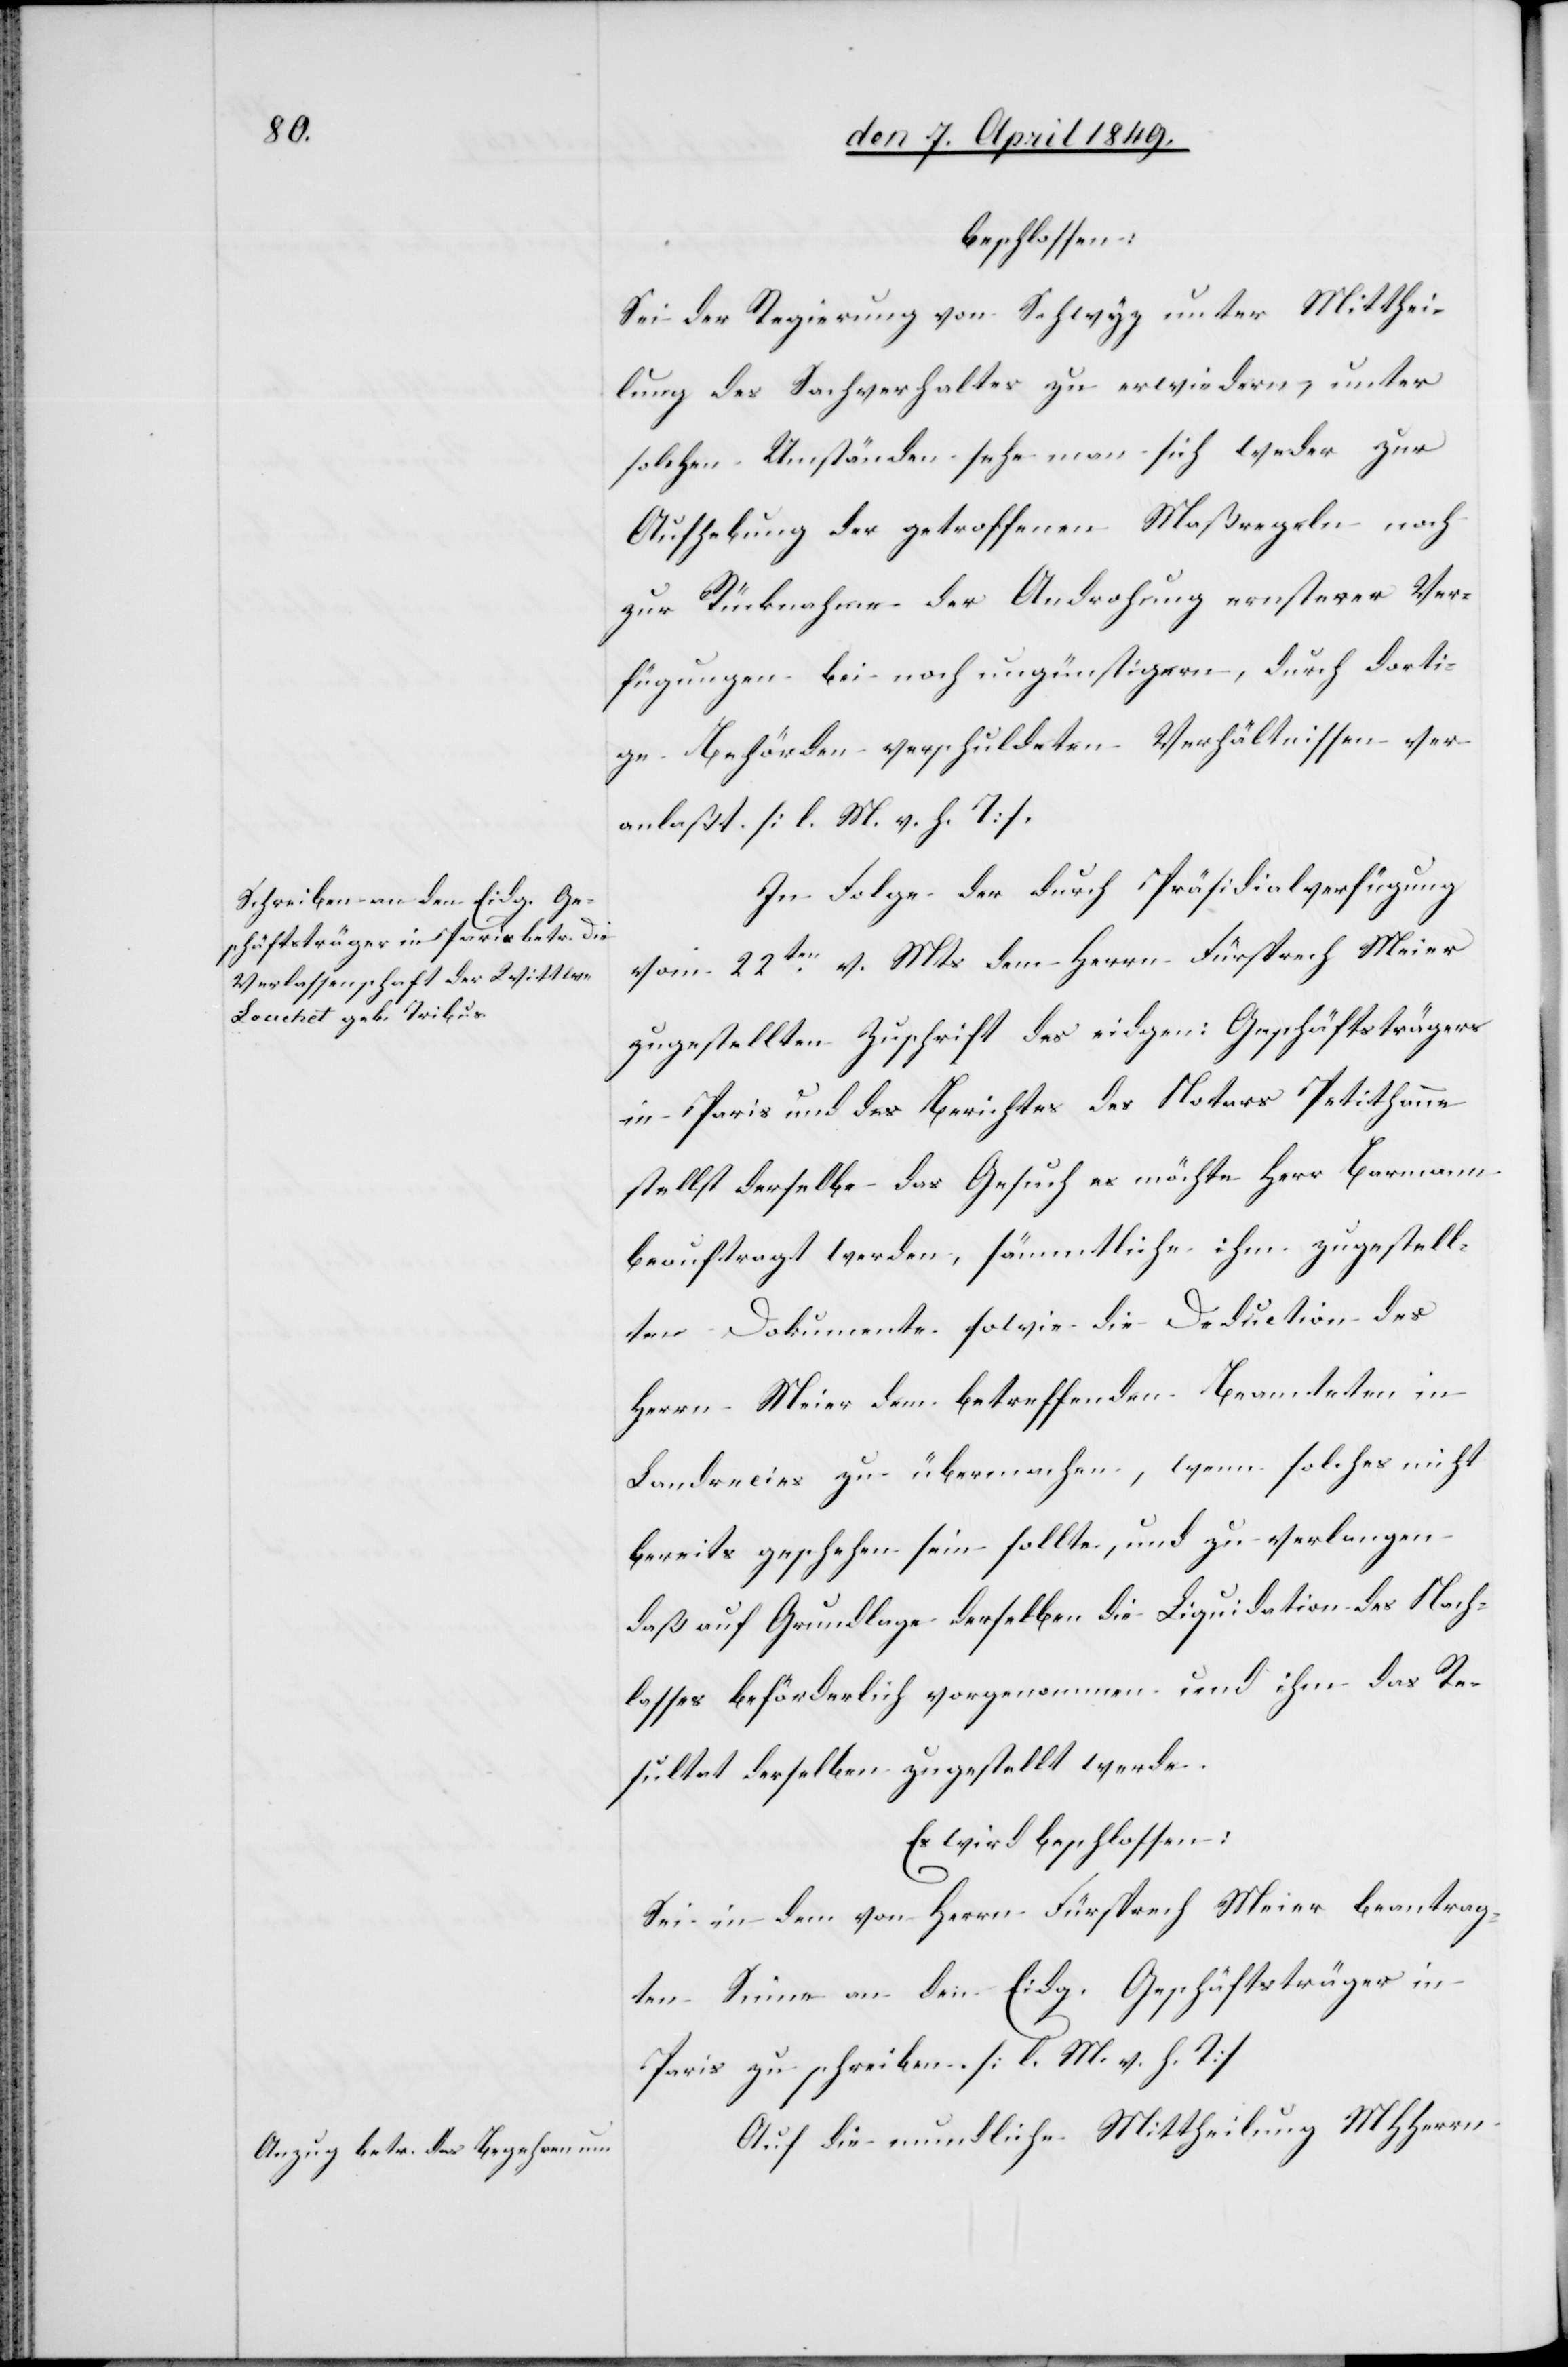
beschlossen:
Sei der Regierung von Schwyz unter Mitthei¬
lung des Sachverhaltes zu erwiedern, unter
solchen Umständen sehe man sich weder zur
Aufhebung der getroffenen Maßregeln noch
zur Rücknahme der Androhung ernsterer Ver¬
fügungen bei noch ungünstigern, durch dorti¬
ge Behörden verschuldeten Verhältnissen ver¬
anlaßt [l. M. h. T].
In Folge der durch Präsidialverfügung
vom 22ten v. Mts dem Herrn Fürsprech Meier
zugestellten Zuschrift des eidgen: Geschäftsträgers
in Paris und des Berichtes des Notars Petithanne
stellt derselbe das Gesuch es möchte Herr Barmann
beauftragt werden, sämmtliche ihm zugestell¬
ten Dokumente sowie die Deduction des
Herrn Meier dem betreffenden Beamteten in
Landrecies zu übermachen, wenn solches nicht
bereits geschehen sein sollte, und zu verlangen
daß auf Grundlage derselben die Liquidation des Nach¬
lasses beförderlich vorgenommen und ihm das Re¬
sultat derselben zugestellt werde.
Es wird beschlossen:
Sei in dem von Herrn Fürsprech Meier beantrag¬
ten Sinne an den Eidg. Geschäftsträger in
Paris zu schreiben [l. M. v. h. T][.]
Auf die mundliche Mittheilung MHHerrn